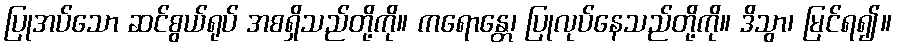
ပြုအပ်သော ဆင်စွယ်ရုပ် အစရှိသည်တို့ကို။ ကရောန္တေ၊ ပြုလုပ်နေသည်တို့ကို။ ဒိသွာ၊ မြင်ရ၍။